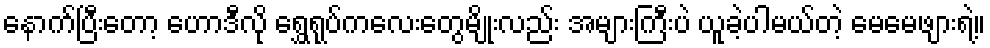
နောက်ပြီးတော့ ဟောဒီလို ရွှေရုပ်ကလေးတွေမျိုးလည်း အများကြီးပဲ ယူခဲ့ပါမယ်တဲ့ မေမေဖျားရဲ့။